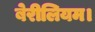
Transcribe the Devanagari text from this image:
बेरीलियम।